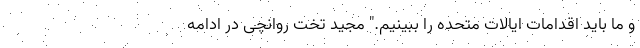
و ما باید اقدامات ایالات متحده را ببینیم." مجید تخت روانچی در ادامه